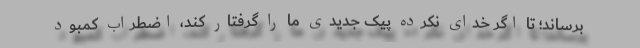
برساند؛ تا اگر خدای نکرده پیک جدیدی ما را گرفتار کند، اضطراب کمبود